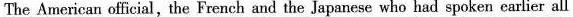
The American official,the French and the Japanese who had spoken earlier all